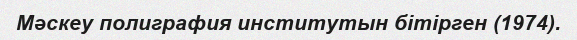
Мәскеу полиграфия институтын бітірген (1974).